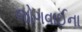
જોગવાઈના